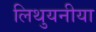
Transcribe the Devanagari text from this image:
लिथुयनीया